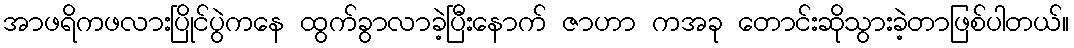
အာဖရိကဖလားပြိုင်ပွဲကနေ ထွက်ခွာလာခဲ့ပြီးနောက် ဇာဟာ ကအခု တောင်းဆိုသွားခဲ့တာဖြစ်ပါတယ်။